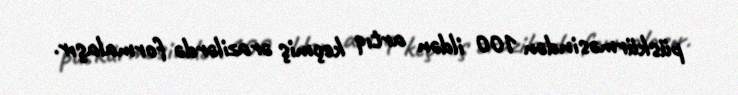
püskürməsindən 100 ildən artıq keçmiş ərazilərdə formalaşır.